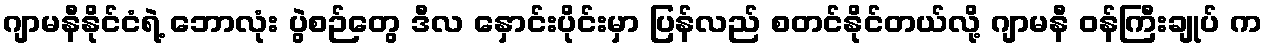
ဂျာမနီနိုင်ငံရဲ့ ဘောလုံး ပွဲစဉ်တွေ ဒီလ နှောင်းပိုင်းမှာ ပြန်လည် စတင်နိုင်တယ်လို့ ဂျာမနီ ဝန်ကြီးချုပ် က